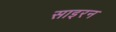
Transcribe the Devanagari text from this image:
साइरन